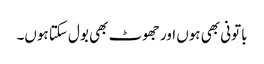
باتونی بھی ہوں اور جھوٹ بھی بول سکتا ہوں۔